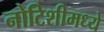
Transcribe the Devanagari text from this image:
नोटिशीमध्ये